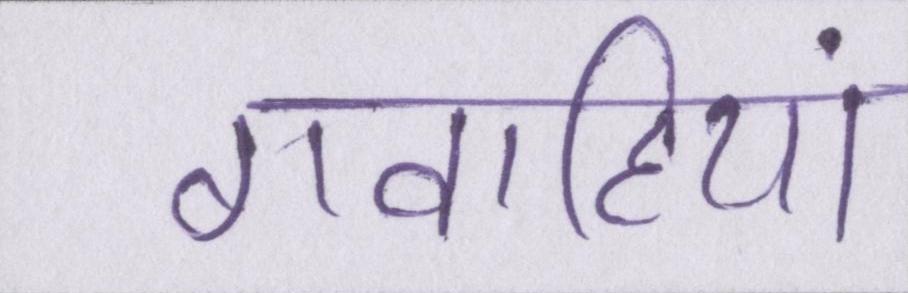
गवाहियां